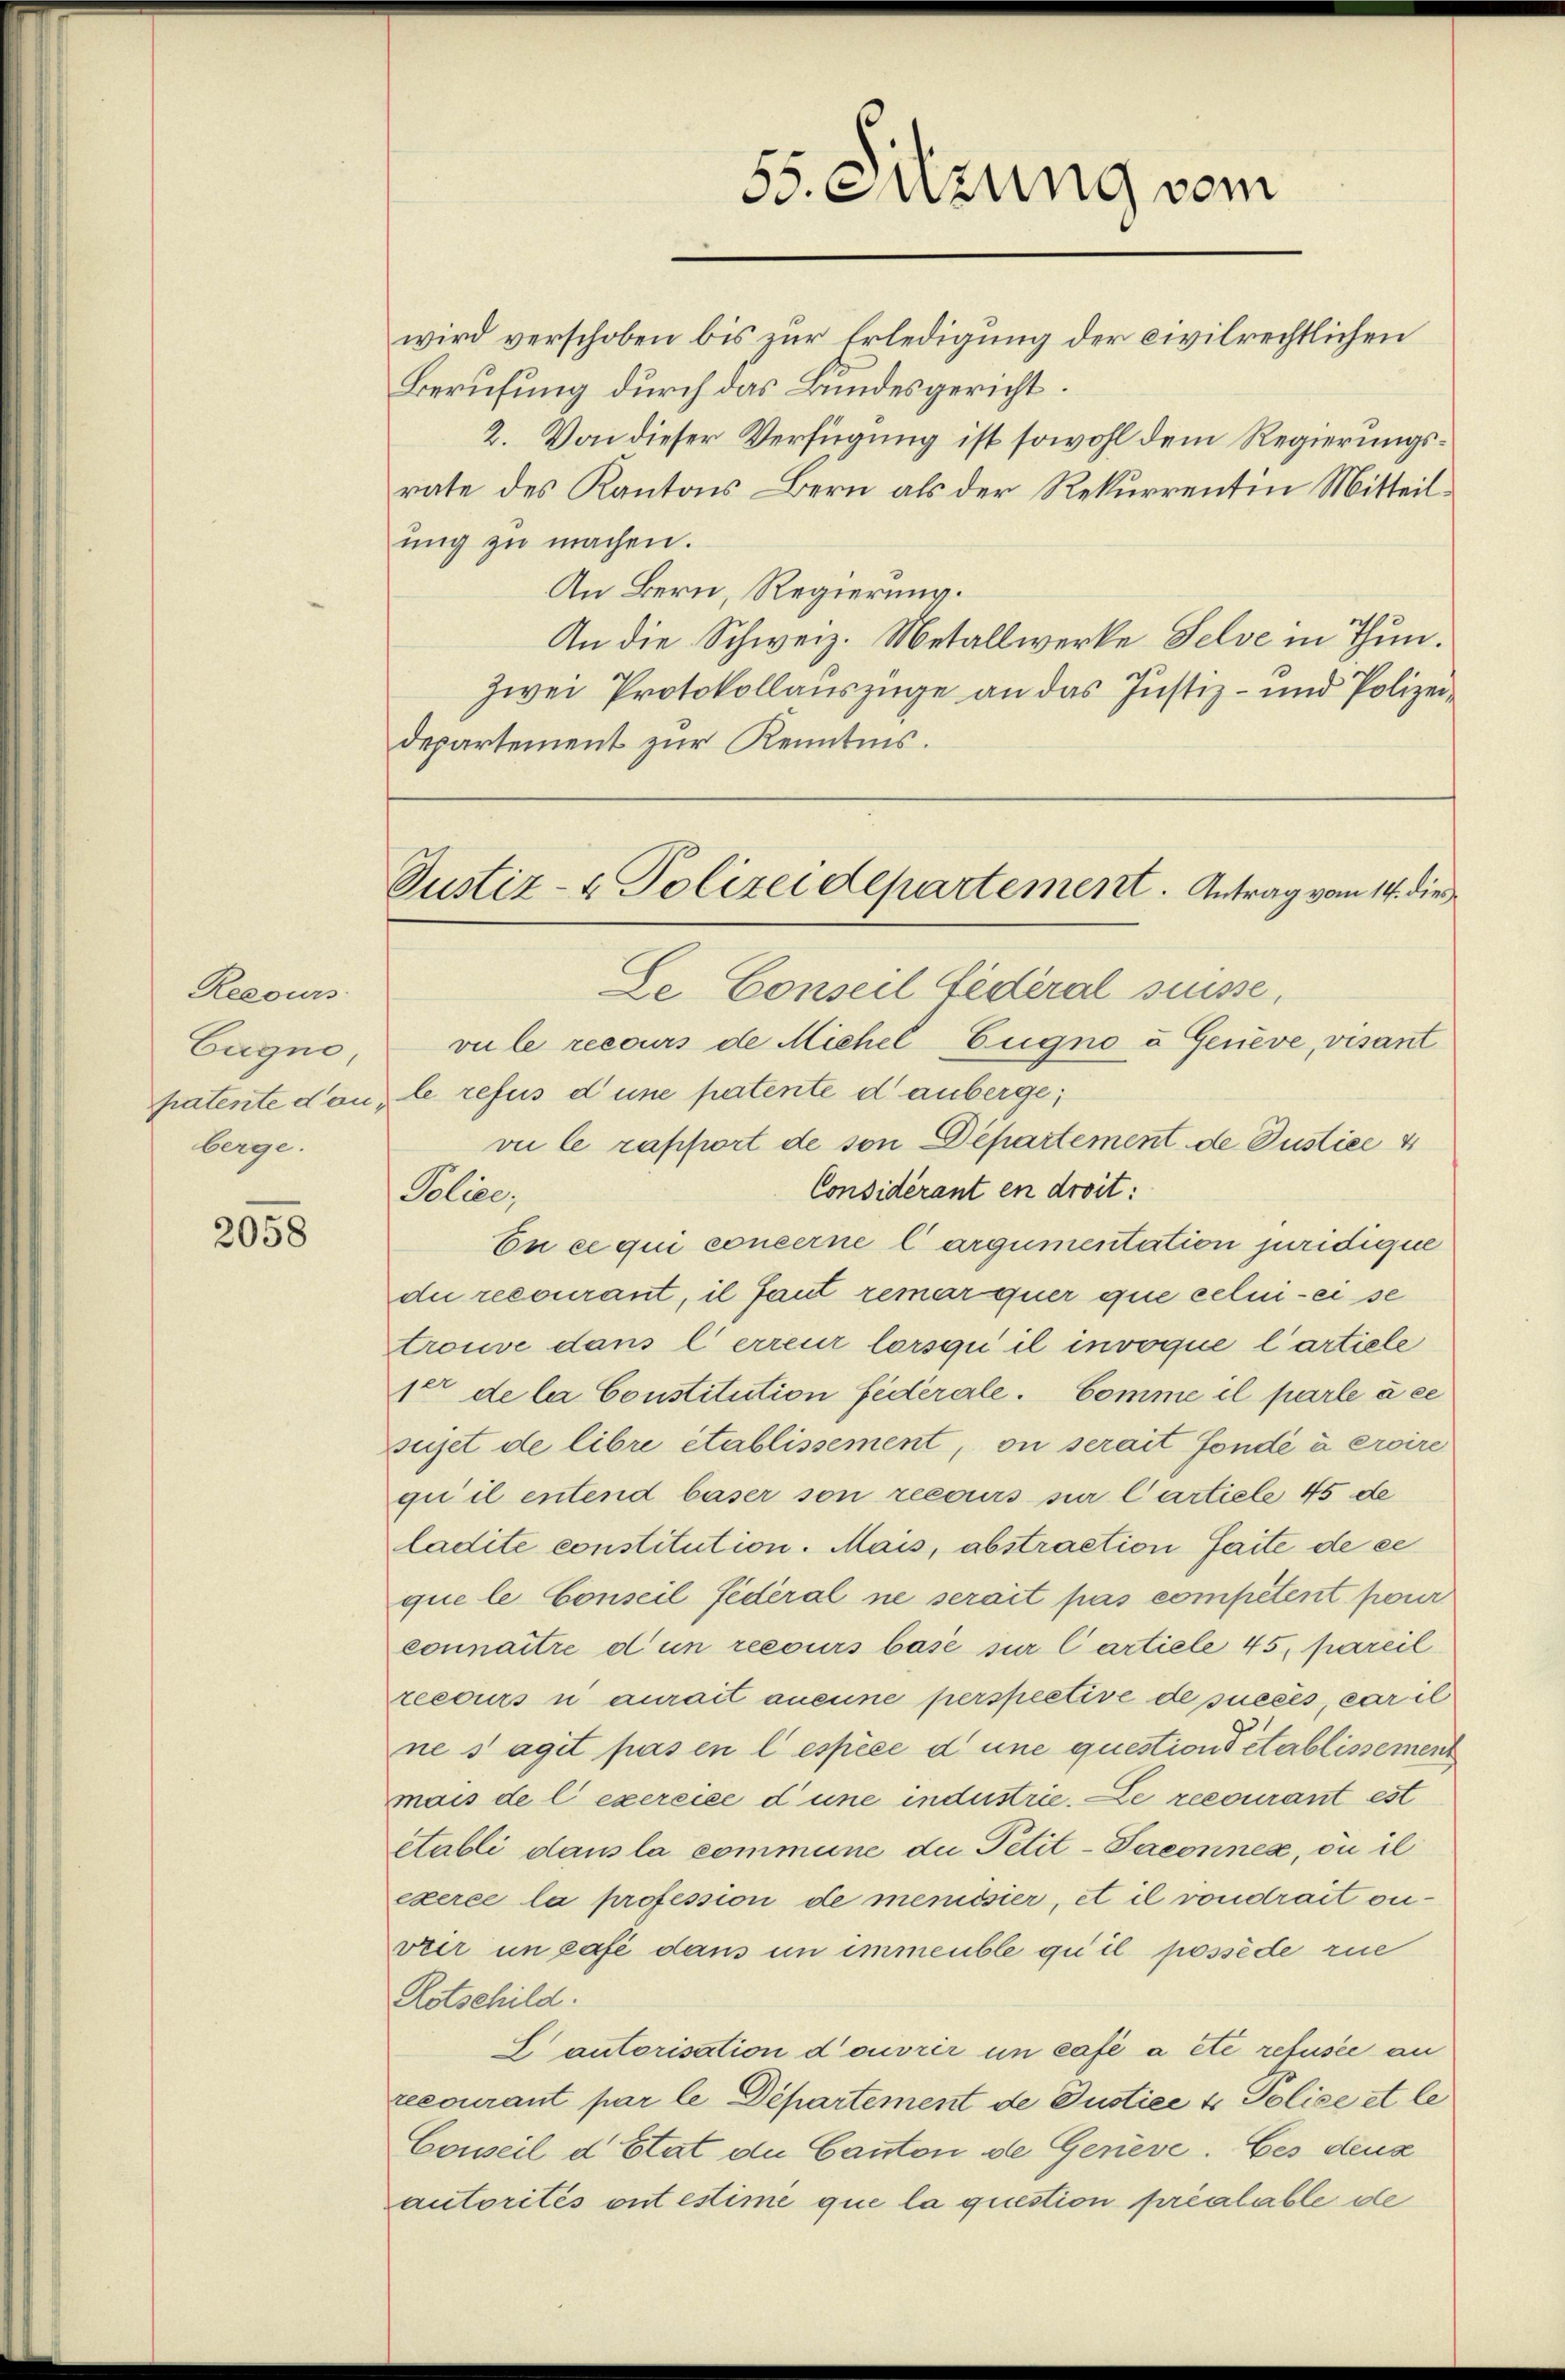
Recours.
Eugno
berge.

2058

55. Sitzung vom
wird verschoben bis zur Erledigung der civilrechtlichen
Berufung durch das Bundesgericht.

2. Von dieser Verfügung ist sowohl dem Regierungsrate des Kantons Bern als der Rekurrentin Mitteil
ung zu machen.
An Bern, Regierung.
An die Schweiz. Metallwerke Selve in Thun.
zwei Protokollauszüge an das Justiz- und Polizeidepartement zur Kenntnis.
Le Conseil Lederal suisse,
vu le recours de Michel Eugno u. Geneve, visant
patente don, le refus d une patente d. anberge
vie le rapport de son Departement de Justice 4
Considérant en droit:
Police,
En ce qui concerne largumentation juridique
die recourant, il faut remarquer que celui- eise
trouve dans l’ erreur lorsqu’ il invoque l’artiele
1er de la Constitution fédérale. Comme il parlé à ce
sujet de libre établissement, on serait fondé à croire
qui il entend baser son recours sur Cartiele 45 de
ladite constitution. Mais, abstraction faite de ce
que le Conseil fédéral ne serait pas competent parer
connaître d un recours basé sur Cartiele 45, pareil
recours n aurait aneine perspective de succés, caril
ne s’agit pas en l’ espèce d une questions établissement
mais de l’exercice d’une industrie. Le recourant est
établi dans la commune die Petit-Paconnex, ou il
exerce la profession de memissier, et il vondrait ouvier in Café dans in immeuble qu’il possède zue
Rotschild.
E autorisation doivrer im Café a été refusée an
recourant par le Departement de Justice & Police et le
Cowseil d Etat de Canton de Geneve. Ces deux
autorités ont estime que la question préalable de

Justiz- & Polizeidepartement. Antrag vom 14. die